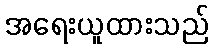
အရေးယူထားသည်